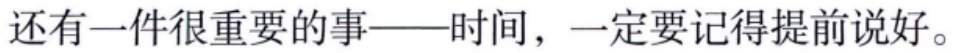
还有一件很重要的事——时间，一定要记得提前说好。